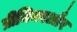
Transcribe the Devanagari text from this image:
प्रीमियरऔर